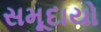
સમૂદાયો